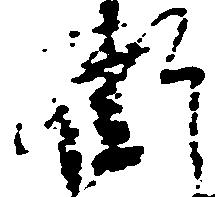
衛